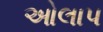
ઓલાપ